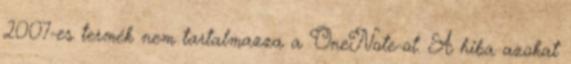
2007-es termék nem tartalmazza a OneNote-ot. A hiba azokat